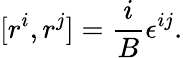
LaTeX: [r^{i},r^{j}]={\frac{i}{B}}\epsilon^{ij}.